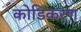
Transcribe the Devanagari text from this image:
कोडिकरण